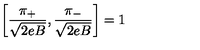
\left[ \frac { \pi _ { + } } { \sqrt { 2 e B } } , \frac { \pi _ { - } } { \sqrt { 2 e B } } \right] = 1